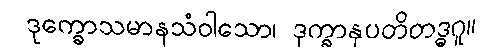
ဒုက္ခောသမာနသံဝါသော၊ ဒုက္ခာနုပတိတဒ္ဓဂူ။